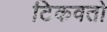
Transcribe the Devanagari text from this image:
टिकवतो